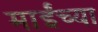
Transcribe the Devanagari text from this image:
माईंच्या